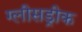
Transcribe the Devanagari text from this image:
ग्लीसड्रीक